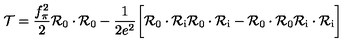
{ \cal T } = { \frac { f _ { \pi } ^ { 2 } } { 2 } } { \cal R } _ { 0 } \cdot { \cal R } _ { 0 } - { \frac { 1 } { 2 e ^ { 2 } } } \biggl [ { \cal R } _ { 0 } \cdot { \cal R } _ { \mathrm { i } } { \cal R } _ { 0 } \cdot { \cal R } _ { \mathrm { i } } - { \cal R } _ { 0 } \cdot { \cal R } _ { 0 } { \cal R } _ { \mathrm { i } } \cdot { \cal R } _ { \mathrm { i } } \biggr ]